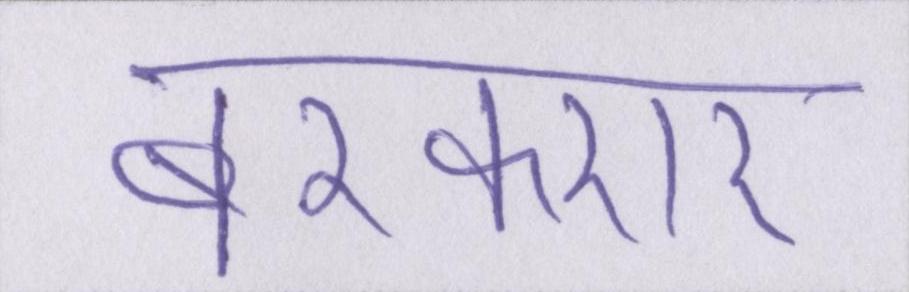
बरकरार